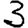
Digit: 3